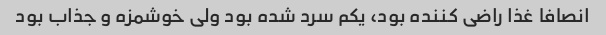
انصافا غذا راضی کننده بود، یکم سرد شده بود ولی خوشمزه و جذاب بود